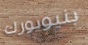
بنيويورك